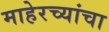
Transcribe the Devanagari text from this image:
माहेरच्यांचा